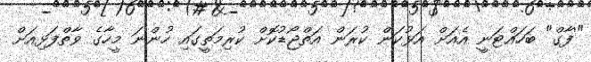
"'ފާގް" ބަހައްޓަނީ އެއަށް އަޅުކަން ކުރަން އަތްޖޯޑުކޮށް ކުރިމަތީގައި ހުންނަ މީހާގެ ވާތްފަޅިއަށް